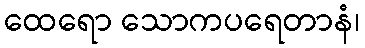
ထေရော သောကပရေတာနံ၊